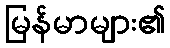
မြန်မာများ၏